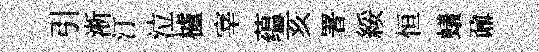
引淅汀泣櫨宰蕴亥署綏恒蟻鼐